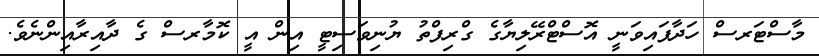
މާސްޓަރސް ހަދާފައިވަނީ އޮސްޓްރޭލިޔާގެ ގްރިފްތު ޔުނިވަސިޓީ އިން އީ ކޮމާރސް ގެ ދާއިރާއިންނެވެ.